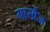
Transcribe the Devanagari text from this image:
मार्खेज